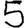
Digit: 5